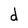
Character: d